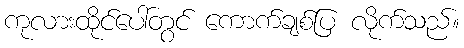
ကုလားထိုင်ပေါ်တွင် ကောက်ချစ်ပြ လိုက်သည်။